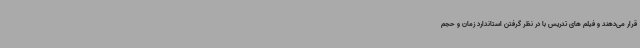
قرار می‌دهند و فیلم های تدریس با در نظر گرفتن استاندارد زمان و حجم